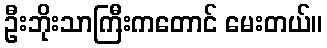
ဦးဘိုးသာကြီးကတောင် မေးတယ်။